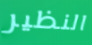
النظير